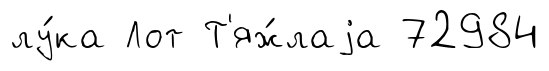
лу́ка Лот Т'яж́лаjа 72984